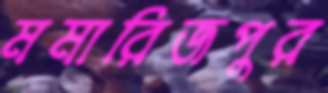
মমারিজপুর